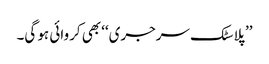
’’پلاسٹک سرجری‘‘ بھی کروائی ہو گی۔